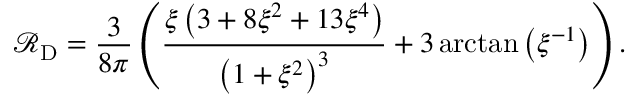
\mathcal { R } _ { \mathrm { D } } = \frac { 3 } { 8 \pi } \left( \frac { \xi \left( 3 + 8 \xi ^ { 2 } + 1 3 \xi ^ { 4 } \right) } { \left( 1 + \xi ^ { 2 } \right) ^ { 3 } } + 3 \arctan \left( \xi ^ { - 1 } \right) \right) .